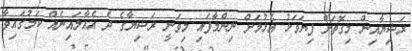
ރަޝިޔާއިން މިގޮތަށް ފިޔަވަޅު އެޅުމަށް ނިންމާފައި މިވަނީ ރަޝިޔާގެ ދެ އެއާލައިނެއް ކަމުގައިވާ